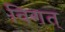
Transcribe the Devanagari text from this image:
विगत्